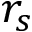
r _ { s }